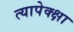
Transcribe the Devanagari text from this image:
त्यापेक्क्षा